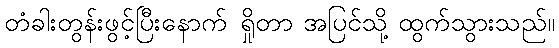
တံခါးတွန်းဖွင့်ပြီးနောက် ရှိုတာ အပြင်သို့ ထွက်သွားသည်။